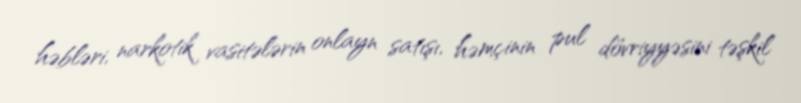
həbləri, narkotik vasitələrin onlayn satışı, həmçinin pul dövriyyəsini təşkil